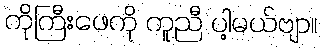
ကိုကြီးဖေကို ကူညီ ပါ့မယ်ဗျာ။